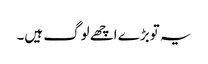
یہ توبڑے اچھے لوگ ہیں۔